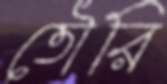
তৌরি